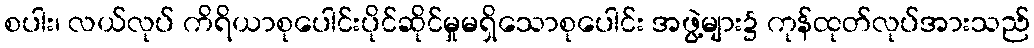
စပါး၊ လယ်လုပ် ကိရိယာစုပေါင်းပိုင်ဆိုင်မှုမရှိသောစုပေါင်း အဖွဲ့များ၌ ကုန်ထုတ်လုပ်အားသည်